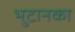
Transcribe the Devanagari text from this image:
भुटानका